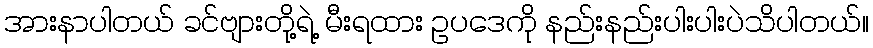
အားနာပါတယ် ခင်ဗျားတို့ရဲ့ မီးရထား ဥပဒေကို နည်းနည်းပါးပါးပဲသိပါတယ်။